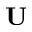
\mathbf { U }